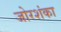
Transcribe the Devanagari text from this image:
जोरशंका